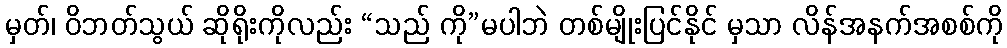
မှတ်၊ ဝိဘတ်သွယ် ဆိုရိုးကိုလည်း “သည် ကို”မပါဘဲ တစ်မျိုးပြင်နိုင် မှသာ လိန်အနက်အစစ်ကို